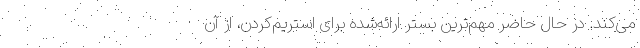
می‌کند. در حال حاضر مهم‌ترین بستر ارائه‌شده برای استریم‌کردن، از آنِ